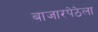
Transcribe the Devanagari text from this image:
बाजारपेठेला